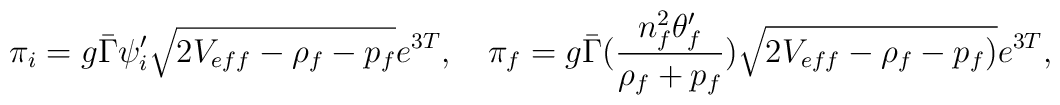
\pi_i=g\bar\Gamma\psi_i'\sqrt{2V_{eff}-\rho_f-p_f}e^{3T}, \ \ \ \pi_f=g\bar\Gamma({n_f^2\theta_f'\over \rho_f+p_f})\sqrt{2V_{eff}-\rho_f-p_f)}e^{3T},